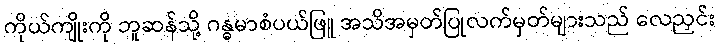
ကိုယ်ကျိုးကို ဘူဆန်သို့ ဂန္ဓမာစံပယ်ဖြူ အသိအမှတ်ပြုလက်မှတ်များသည် လေညှင်း